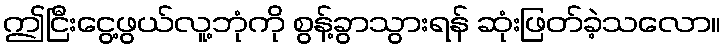
ဤငြီးငွေ့ဖွယ်လူ့ဘုံကို စွန့်ခွာသွားရန် ဆုံးဖြတ်ခဲ့သလော။